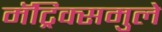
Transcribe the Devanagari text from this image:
मॅट्रिक्समुले